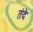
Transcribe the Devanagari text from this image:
तंदे